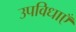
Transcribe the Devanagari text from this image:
उपविधाएँ